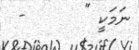
ނަމަކީ "       -